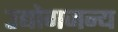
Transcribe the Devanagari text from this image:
उद्योगजन्य